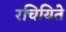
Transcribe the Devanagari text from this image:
रचियिते